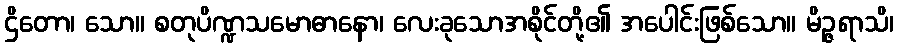
ဌိတော၊ သော။ စတုပိဏ္ဍသမောဓာနော၊ လေးခုသောအစိုင်တို့၏ အပေါင်းဖြစ်သော။ မိဉ္ဇရာသိ၊